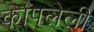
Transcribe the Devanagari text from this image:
कापलेली